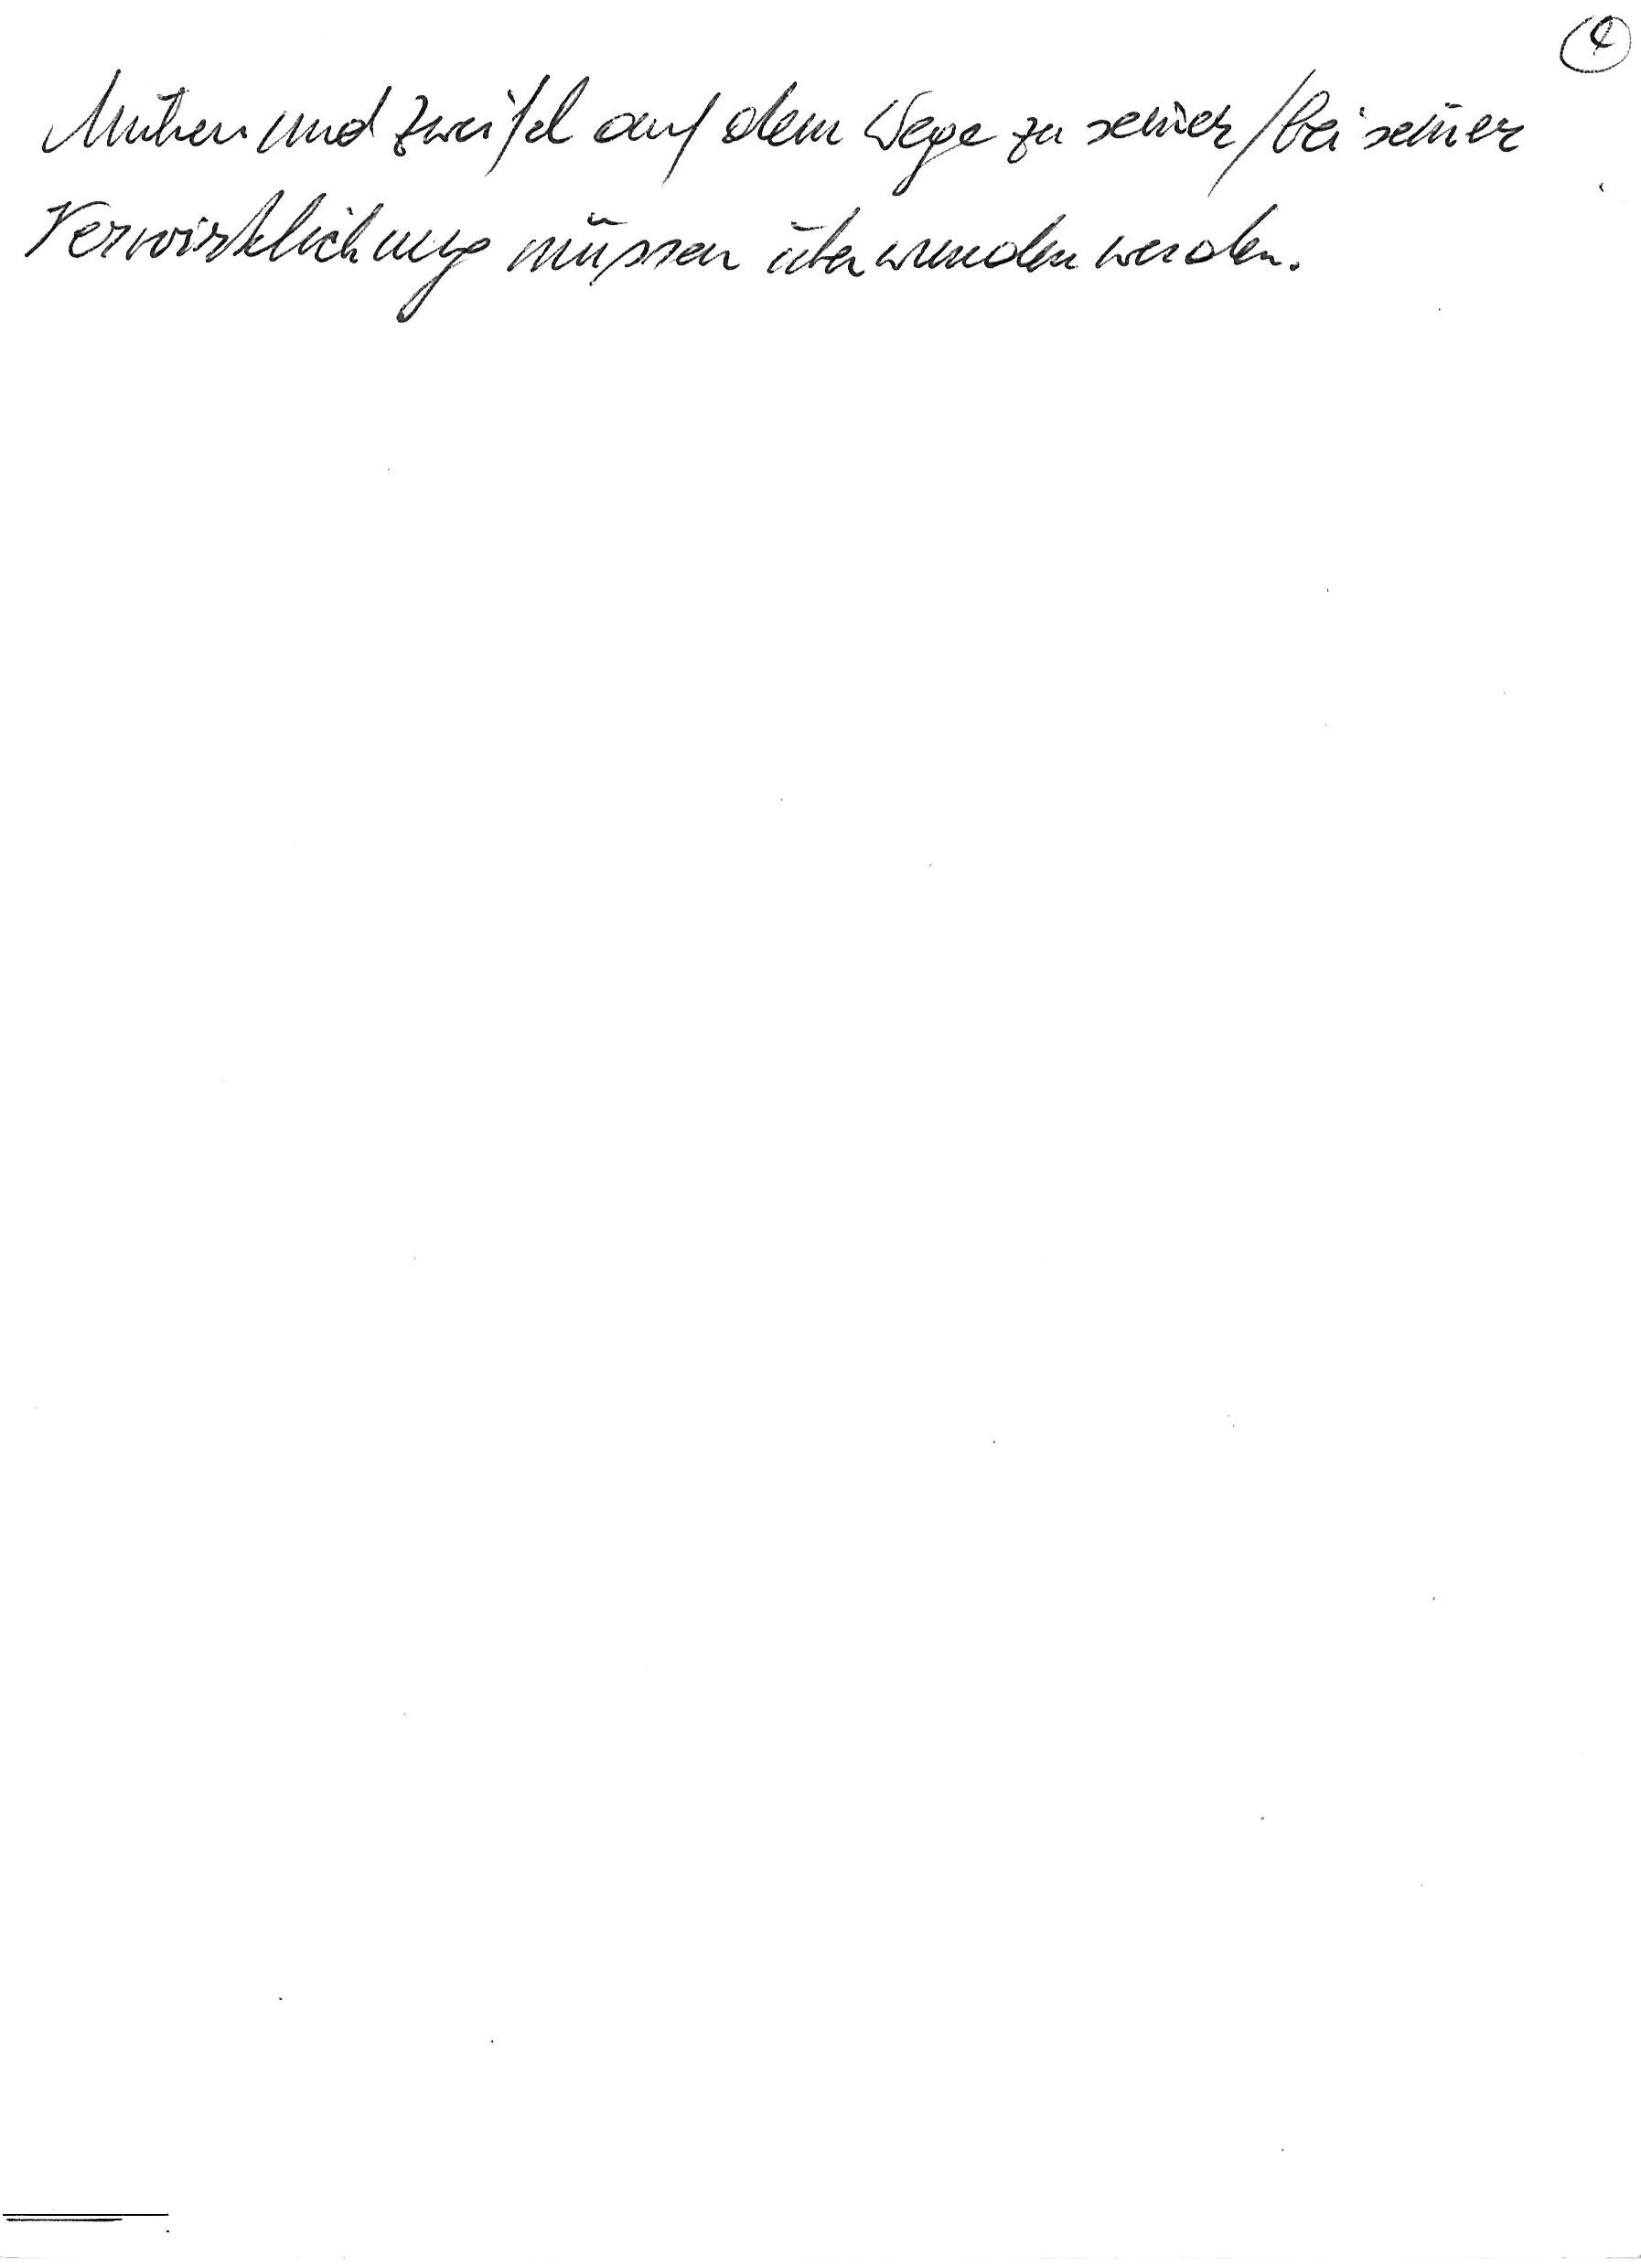
Mühen und Zweifel auf dem Wege zu seiner/bei seiner
Verwirklichung müssen überwunden werden.